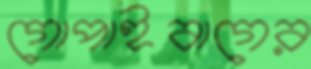
গোপাইবাগের